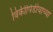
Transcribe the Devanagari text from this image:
विकीपिडीयाच्या